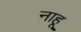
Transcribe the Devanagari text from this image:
नाहू